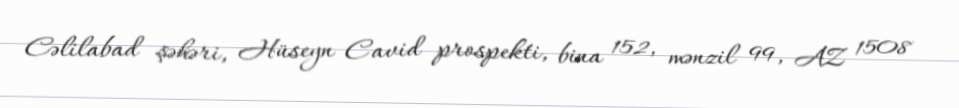
Cəlilabad şəhəri, Hüseyn Cavid prospekti, bina 152, mənzil 99, AZ 1508